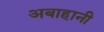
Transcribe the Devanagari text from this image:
अबाहानी